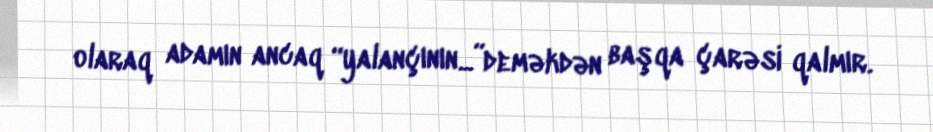
olaraq adamın ancaq “yalançının...”deməkdən başqa çarəsi qalmır.